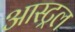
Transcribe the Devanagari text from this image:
आस्ट्रल